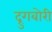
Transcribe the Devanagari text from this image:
द्रुगबोरी